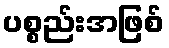
ပစ္စည်းအဖြစ်